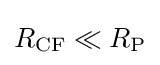
R_{\rm {CF}}\ll R_{\rm {P}}